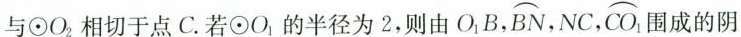
与\odot O_{2}相切于点C.若\odot O_{1}的半径为2，则由O_{1}B,\stackrel\frown{BN} ,NC,\stackrel\frown{CO_{1}}围成的阴